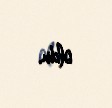
oldu.